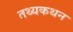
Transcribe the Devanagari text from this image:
तथ्यकथन